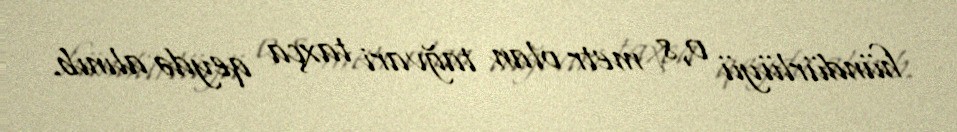
hündürlüyü 0,8 metr olan tağvari taxça qeydə alınıb.